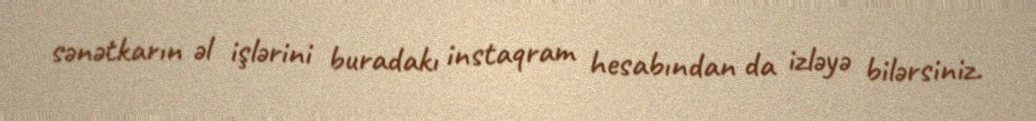
sənətkarın əl işlərini buradakı instaqram hesabından da izləyə bilərsiniz.